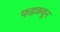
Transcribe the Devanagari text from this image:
फडकवून